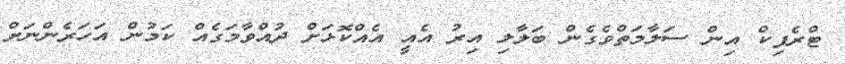
ޓްރެފިކް އިން ސަލާމަތްވެގެން ބަލާލި އިރު އެއީ އެއްކޮޅަށް ދުއްވާމަގެއް ކަމުން އަހަރެންނަށް